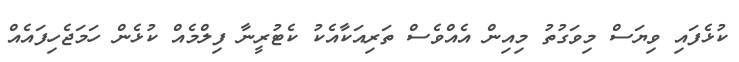
ކުޅެފައި ވިޔަސް މިވަގުތު މިއިން އެއްވެސް ތަރިއަކާއެކު ކެޓުރީނާ ފިލްމެއް ކުޅެން ހަމަޖެހިފައެއް